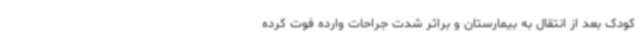
کودک بعد از انتقال به بیمارستان و براثر شدت جراحات وارده فوت کرده